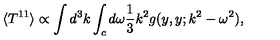
\langle T ^ { 1 1 } \rangle \propto \int d ^ { 3 } k \int _ { c } d \omega { \frac { 1 } { 3 } } k ^ { 2 } g ( y , y ; k ^ { 2 } - \omega ^ { 2 } ) ,